Punjab Mental Hospital Lahore 1932-46 - 1932-1946
Year: 1932
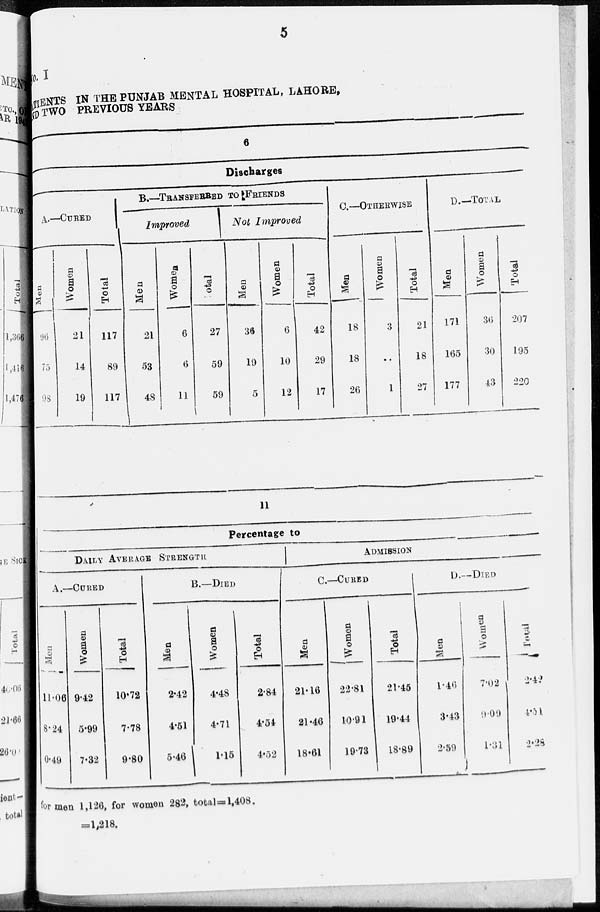
5
No. I
PATIEINTS IN THE PUNJAB MENTAL HOSPITAL, LAHORE,
AND TWO PREVIOUS YEARS
6
Discharges
A—CURED
Men
96
75
98
Women
21
14
19
Total
117
89
117
B.—TRANSFERRED TO FRIENDS
Improved
Men
21
53
48
Women
6
6
11
Total
27
59
59
Not Improved
Men
36
19
5
Women
6
10
12
Total
42
29
17
C.—OTHERWISE
Men
18
18
26
Women
3
..
1
Total
21
18
27
D.—TOTAL
Men
171
165
177
Women
36
30
43
Total
207
195
220
11
Percentage to
DAILY AVERAGE STRENGTH
A.—CURED
Men
11.06
8.24
0.49
Women
9.42
5.99
7.32
Total
10.72
7.78
9.80
B.—DIED
Men
2.42
4.51
5.46
Women
4.48
4.71
1.15
Total
2.84
4.54
4.52
ADMISSION
C.—CURED
Men
21.16
21.46
18.61
Women
22.81
10.91
19.73
Total
21.45
19.44
18.89
D.—DIED
Men
1.46
3.43
2.59
Women
7.02
9.09
1.31
Total
2.42
4.51
2.28
for men 1,126, for women 282, total =1,408.
=1,218.